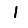
Digit: 1